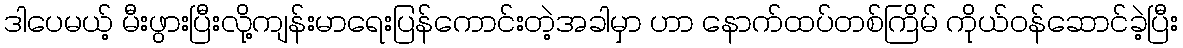
ဒါပေမယ့် မီးဖွားပြီးလို့ကျန်းမာရေးပြန်ကောင်းတဲ့အခါမှာ ဟာ နောက်ထပ်တစ်ကြိမ် ကိုယ်ဝန်ဆောင်ခဲ့ပြီး